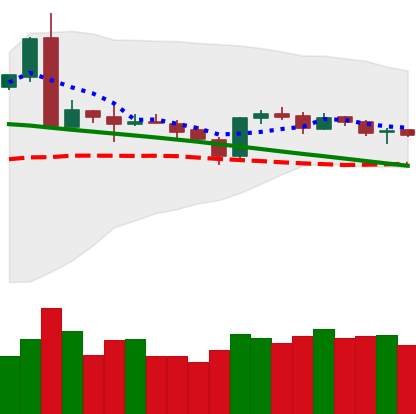
Ticker: ETH-USD
Chart end date: 2019-03-13
Forward return: 4.586%
Label: up_3_5